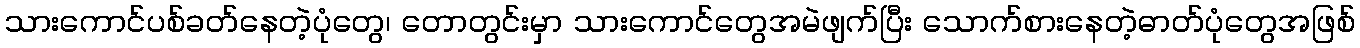
သားကောင်ပစ်ခတ်နေတဲ့ပုံတွေ၊ တောတွင်းမှာ သားကောင်တွေအမဲဖျက်ပြီး သောက်စားနေတဲ့ဓာတ်ပုံတွေအဖြစ်